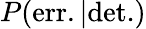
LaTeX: P(\mathrm{err.|det.})